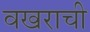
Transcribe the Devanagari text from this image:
वखराची